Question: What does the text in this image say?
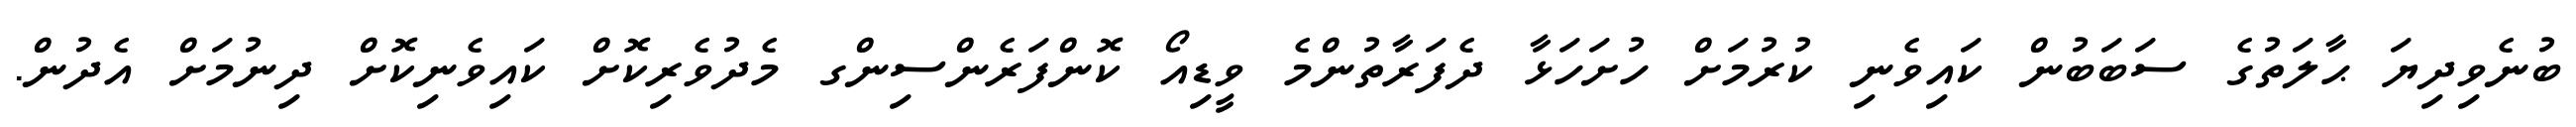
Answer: ބުނެވިދިޔަ ޙާލަތުގެ ސަބަބުން ކައިވެނި ކުރުމަށް ހުށަހަޅާ ދެފަރާތުންމެ ވީޑިއޯ ކޮންފަރެންސިންގ މެދުވެރިކޮށް ކައިވެނިކޮށް ދިނުމަށް އެދުން.